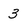
Character: 3